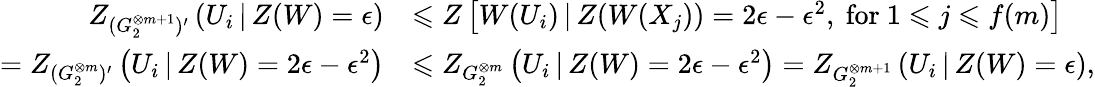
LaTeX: \begin{array}{rl}{Z_{(G_{2}^{\otimes m+1})^{\prime}}\left(U_{i}\, |\, Z(W)=\epsilon\right)}&{\leqslant Z\left[W(U_{i})\, |\, Z(W(X_{j}))=2\epsilon-\epsilon^{2},\mathrm{~for~}1\leqslant j\leqslant f(m)\right]}\\ {=Z_{(G_{2}^{\otimes m})^{\prime}}\left(U_{i}\, |\, Z(W)=2\epsilon-\epsilon^{2}\right)}&{\leqslant Z_{G_{2}^{\otimes m}}\left(U_{i}\, |\, Z(W)=2\epsilon-\epsilon^{2}\right)=Z_{G_{2}^{\otimes m+1}}\left(U_{i}\, |\, Z(W)=\epsilon\right),}\end{array}